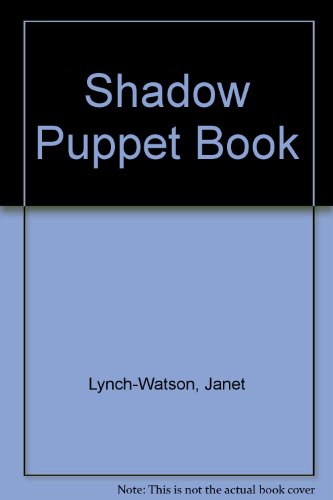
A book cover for The Shadow Puppet Book; Janet Lynch-Watson; Crafts, Hobbies & Home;